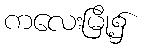
ကလေးမြို့၌